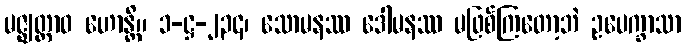
မဇ္ဈတ္တာဝ ဟောန္တိ။ ၁-ဋ္ဌ-၂၃၄၊ သောမနဿ ဒေါမနဿ မဖြစ်ကြတော့ဘဲ ဥပေက္ခာသာ